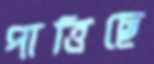
পাত্তিছে